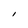
Character: I